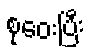
စုဝေးပြီး